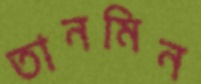
তানমিন